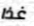
غذا